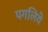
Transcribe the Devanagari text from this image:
पगलिये